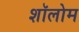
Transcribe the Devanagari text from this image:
शॉलोम